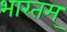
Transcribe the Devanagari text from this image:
भारतम्‌